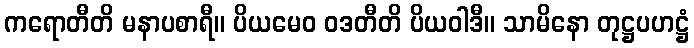
ကရောတီတိ မနာပစာရီ။ ပိယမေဝ ဝဒတီတိ ပိယဝါဒီ။ သာမိနော တုဋ္ဌပဟဋ္ဌံ